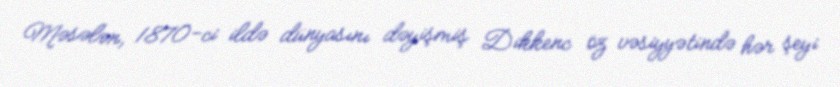
Məsələn, 1870-ci ildə dünyasını dəyişmiş Dikkenc öz vəsiyyətində hər şeyi